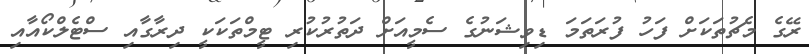
ރޭގެ މެޗުތަކަށް ފަހު ފުރަތަމަ ޑިވިޝަނުގެ ސެމީއަށް ދަތުރުކުރި ޓީމްތަކަކީ ދިރާގާއި ސްޓެލްކޯއާއި